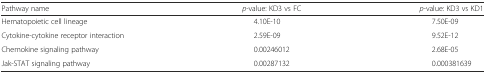
<table><thead><tr><td><b>Pathway name</b></td><td><b><i>p</i>-value: KD3 vs FC</b></td><td><b><i>p</i>-value: KD3 vs KD1</b></td></tr></thead><tbody><tr><td>Hematopoietic cell lineage</td><td>4.10E-10</td><td>7.50E-09</td></tr><tr><td>Cytokine-cytokine receptor interaction</td><td>2.59E-09</td><td>9.52E-12</td></tr><tr><td>Chemokine signaling pathway</td><td>0.00246012</td><td>2.68E-05</td></tr><tr><td>Jak-STAT signaling pathway</td><td>0.00287132</td><td>0.000381639</td></tr></tbody></table>